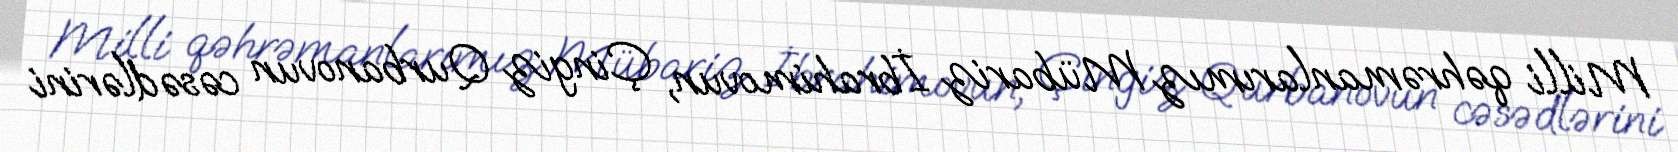
Milli qəhrəmanlarımız Mübariz İbrahimovun, Çingiz Qurbanovun cəsədlərini